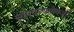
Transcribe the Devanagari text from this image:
सोपवण्याऐवजी